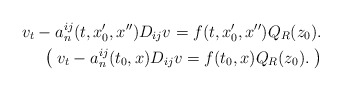
\begin{align*}v_t-a^{ij}_n(t,x_0',x'')D_{ij}v=f(t,x_0',x'')Q_{R}(z_0).\\\left(\; v_t-a_n^{ij}(t_0, x) D_{ij}v=f(t_0, x)Q_{R}(z_0).\;\right)\end{align*}